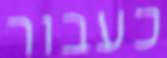
כעבור